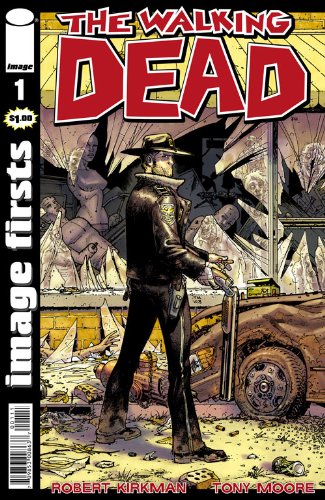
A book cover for Image Firsts: The Walking Dead #1; Robert Kirkman; Comics & Graphic Novels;